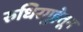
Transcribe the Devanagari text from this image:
रुधिरगुहेतून